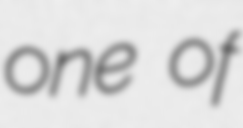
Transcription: one of